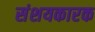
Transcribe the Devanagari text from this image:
संशयकारक